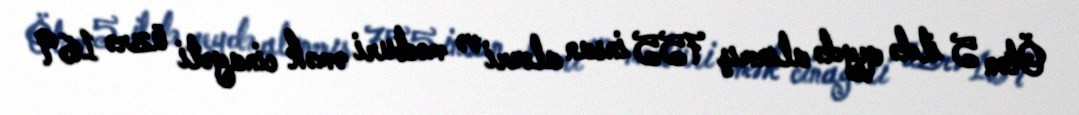
Ötən 5 ildə qeydə alınmış 755 insan alveri və məcburi əmək cinayəti üzrə 169